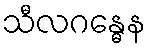
သီလဂန္ဓေန